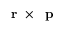
\mathrm { ~ \bf ~ r ~ } \times \mathrm { ~ \bf ~ p ~ }